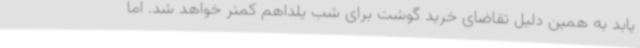
یابد به همین دلیل تقاضای خرید گوشت برای شب یلداهم کمتر خواهد شد. اما